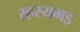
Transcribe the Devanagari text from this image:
रहस्यमइ